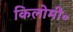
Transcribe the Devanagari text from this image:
किलोमी॰